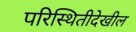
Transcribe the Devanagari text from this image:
परिस्थितीदेखील